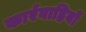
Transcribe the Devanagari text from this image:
कार्रवाहियों